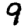
Digit: 9